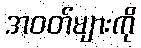
အဝတ်များကို